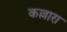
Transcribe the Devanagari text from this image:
कल्लारा